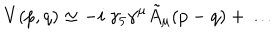
V ( p , q ) \simeq - i \ \gamma _ { 5 } \gamma ^ { \mu } \tilde { A } _ { \mu } ( p - q ) + \dots